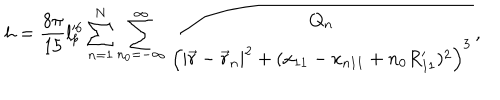
LaTeX: h = \frac { 8 \pi } { 1 5 } l _ { p } ^ { \prime 6 } \sum _ { n = 1 } ^ { N } \sum _ { n _ { 0 } = - \infty } ^ { \infty } \frac { Q _ { n } } { \left( | \vec { r } - \vec { r } _ { n } | ^ { 2 } + ( x _ { 1 1 } - x _ { n 1 1 } + n _ { 0 } R _ { 1 1 } ^ { \prime } ) ^ { 2 } \right) ^ { 3 } } ,